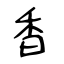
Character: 香